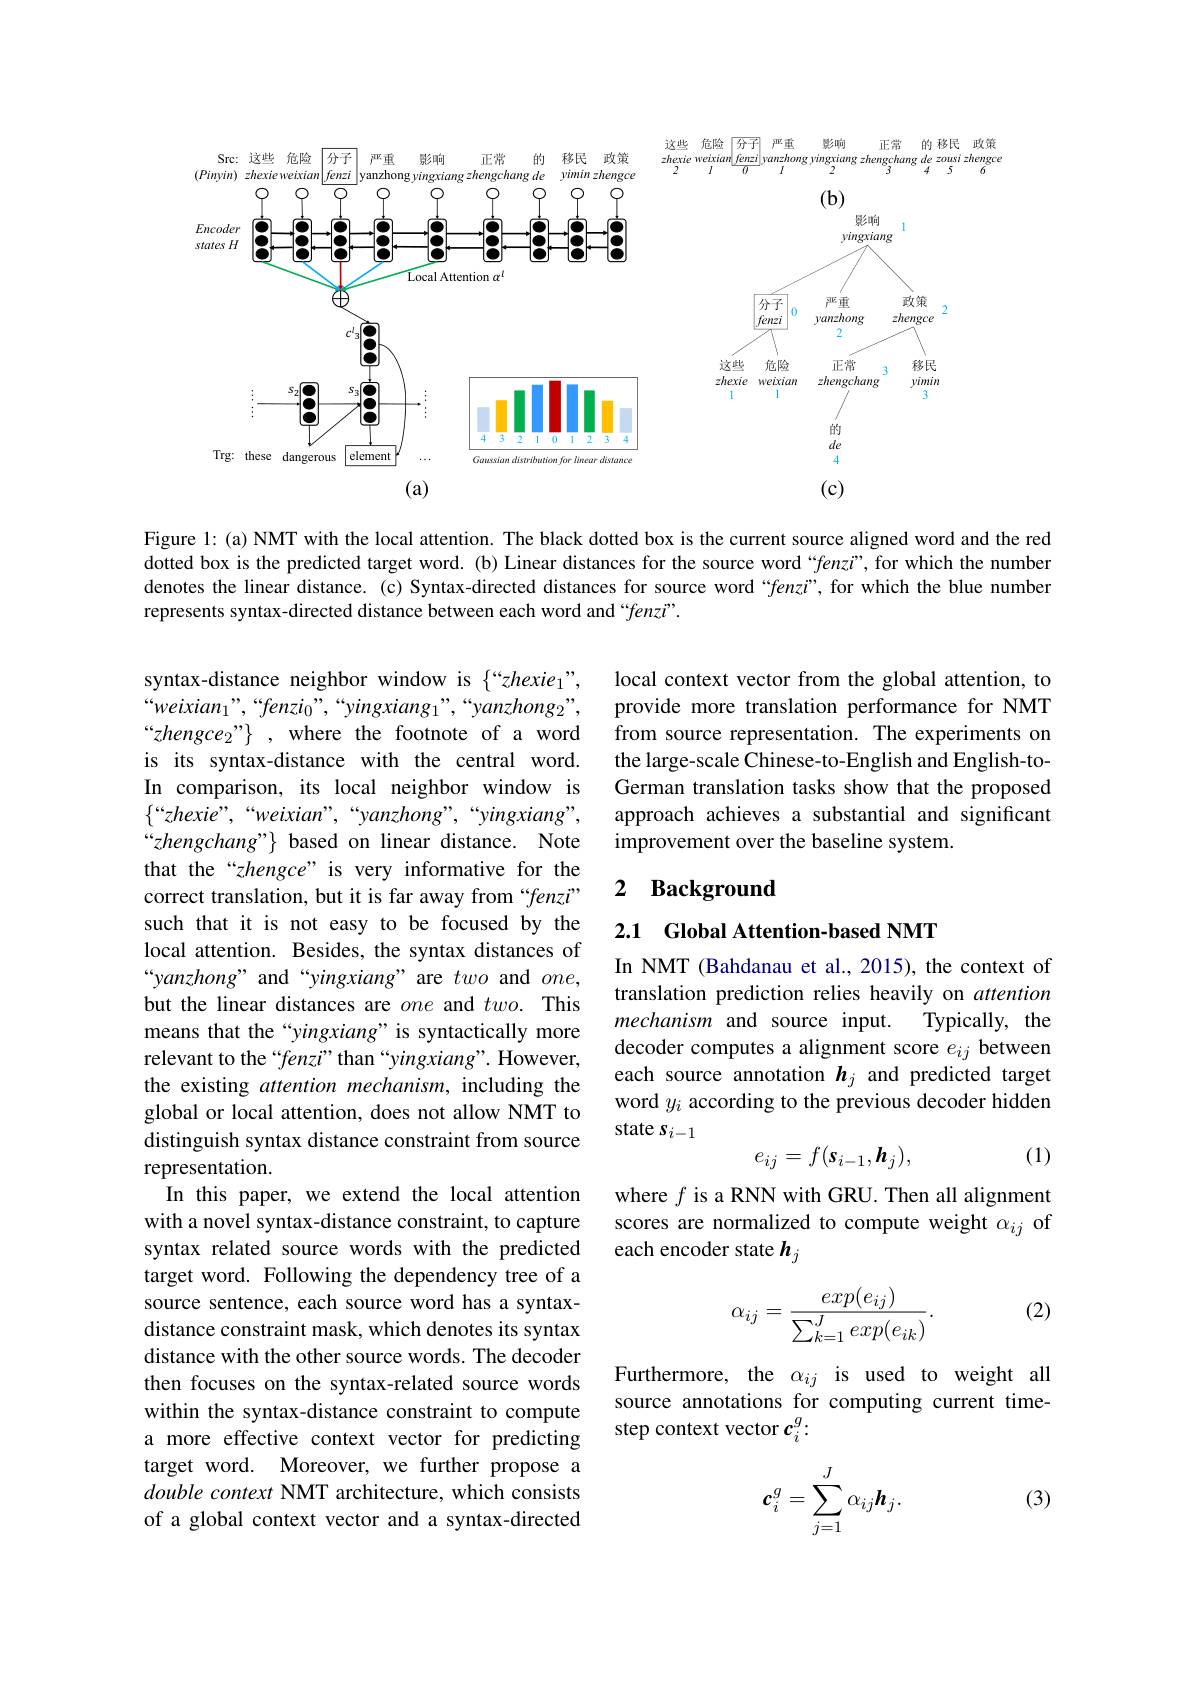
<FigureHere>

Figure 1: (a) NMT with the local attention. The black dotted box is the current source aligned word and the red dotted box is the predicted target word. (b) Linear distances for the source word “$fenzi”$, for which the number denotes the linear distance. (c) Syntax-directed distances for source word “fenzi”, for which the blue number represents syntax-directed distance between each word and “fenzi”.

local context vector from the global attention, to provide more translation performance for NMT from source representation. The experiments on the large-scale Chinese-to-English and English-toGerman translation tasks show that the proposed approach achieves a substantial and significant improvement over the baseline system.

## 2 $\textbf{Background}$

2.1 Global Attention-based NMT

In NMT (Bahdanau et al., 2015), the context of translation prediction relies heavily on attention mechanism and source input.
Typically, the
decoder computes a alignment score $e_{ij}$ between each source annotation $\boldsymbol{h}_j$ and predicted target word $y_i$ according to the previous decoder hidden state $s_{i-1}$
$$e_{ij}=f(s_{i-1},\boldsymbol{h}_j),$$
syntax-distance neighbor window is $\{“zhexie_1”$, $“weixian_{1}”,“fenzi_{0}”,“yingxiang_{1}”,“yanzhong_{2}”$, $“zhengce_{2}”\}, where the footnote of a word$ is its syntax-distance with the central word. In comparison, its local neighbor window is $\{“zhexie”,“weixian”,“yanzhong”,“yingxiang”$, $“zhengchang”\} based on linear distance. Note$ that the“zhengce” is very informative for the correct translation, but it is far away from “fenz" such that it is not easy to be focused by the local attention. Besides, the syntax distances of “yanzhong” and“yingxiang” are two and $one$, but the linear distances are one and $two.$ This means that the “yingxiang” is syntactically more relevant to the “fenzi” than“yingxiang”. However, the existing attention mechanism, including the global or local attention, does not allow NMT to distinguish syntax distance constraint from source representation.
In this paper, we extend the local attention with a novel syntax-distance constraint, to capture syntax related source words with the predicted target word. Following the dependency tree of a source sentence, each source word has a syntaxdistance constraint mask, which denotes its syntax distance with the other source words. The decoder then focuses on the syntax-related source words within the syntax-distance constraint to compute a more effective context vector for predicting target word. Moreover, we further propose a double context NMT architecture, which consists of a global context vector and a syntax-directed

(1)

where $f$ is a RNN with GRU. Then all alignment scores are normalized to compute weight $\alpha_{ij}$ of each encoder state $\boldsymbol{h}_j$

(2)
$$\alpha_{ij}=\frac{exp(e_{ij})}{\sum_{k=1}^{J}exp(e_{ik})}.$$
Furthermore, the $\alpha_{ij}$ is used to weight all source annotations for computing current timestep context vector $c_i^g:$

(3)
$$\boldsymbol{c}_i^g=\sum_{j=1}^J\alpha_{ij}\boldsymbol{h}_j.$$